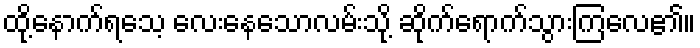
ထို့နောက်ရသေ့ လေးနေသောလမ်းသို့ ဆိုက်ရောက်သွားကြလေ၏။